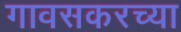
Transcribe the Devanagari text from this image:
गावसकरच्या